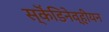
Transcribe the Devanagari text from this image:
स्कॆंडिनेव्हीयन